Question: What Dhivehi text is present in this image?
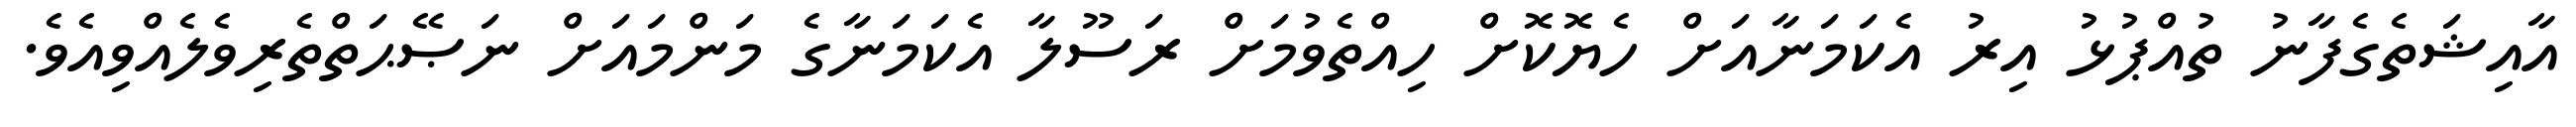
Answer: އާއިޝަތެގެފާނު ތުއްޕުޅު އިރު އެކަމަނާއަށް ހެޔޮކޮށް ހިއްތެވުމަށް ރަސޫލާ އެކަމަނާގެ މަންމައަށް ނަޞޭޙަތްތެރިވެލެއްވިއެވެ.